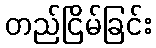
တည်ငြိမ်ခြင်း